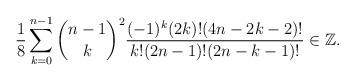
LaTeX: \begin{align*}\frac18\sum_{k=0}^{n-1}\binom{n-1}k^2\frac{(-1)^{k}(2k)!(4n-2k-2)!}{k!(2n-1)!(2n-k-1)!}\in\mathbb{Z}.\end{align*}